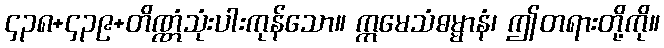
၄၃၈+၄၃၉+တိဏ္ဏံသုံးပါးကုန်သော။ ဣမေသံဓမ္မာနံ၊ ဤတရားတို့ကို။